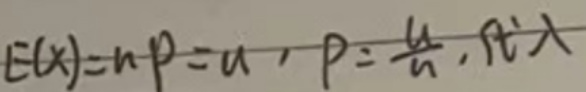
\[E(X)=np = \mu,p=\frac{\mu}{n},\text{代入}\]